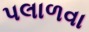
પલાળવા